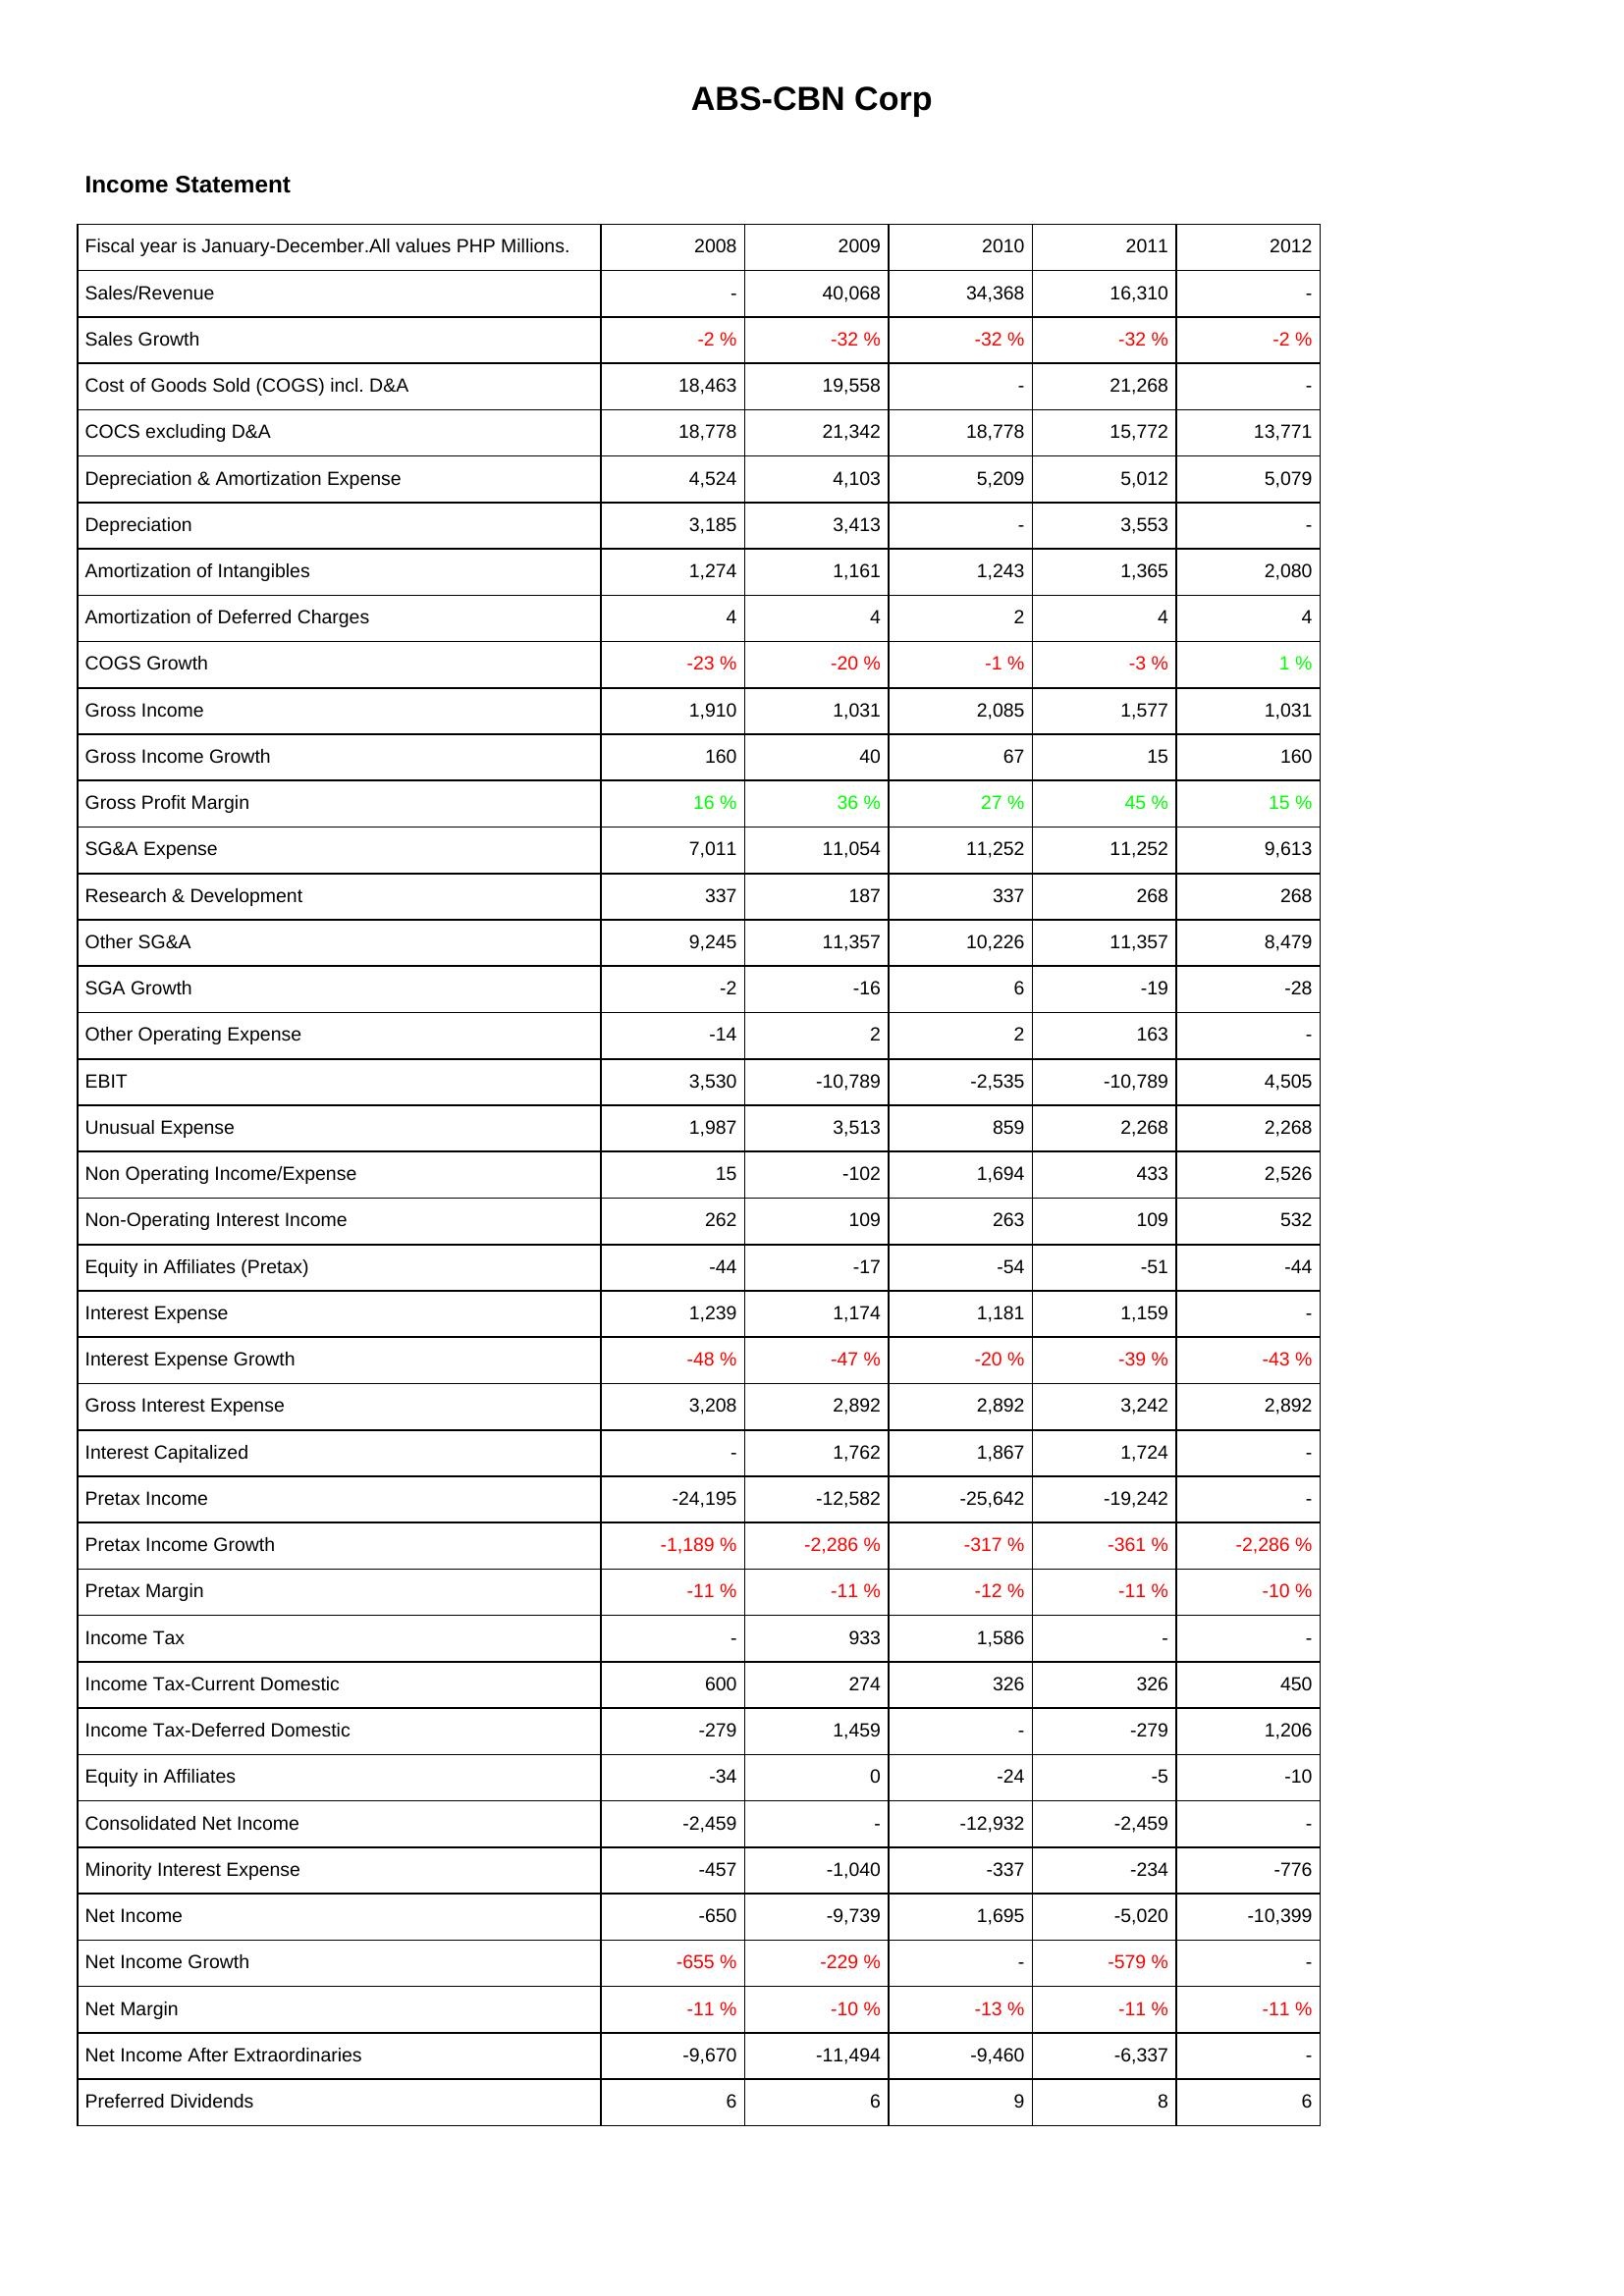
2008: Income Statement: Sales/Revenue: -
Sales Growth: -2 %
Cost of Goods Sold (COGS) incl. D&A: 18,463
COCS excluding D&A: 18,778
Depreciation & Amortization Expense: 4,524
Depreciation: 3,185
Amortization of Intangibles: 1,274
Amortization of Deferred Charges: 4
COGS Growth: -23 %
Gross Income: 1,910
Gross Income Growth: 160
Gross Profit Margin: 16 %
SG&A Expense: 7,011
Research & Development: 337
Other SG&A: 9,245
SGA Growth: -2
Other Operating Expense: -14
EBIT: 3,530
Unusual Expense: 1,987
Non Operating Income/Expense: 15
Non-Operating Interest Income: 262
Equity in Affiliates (Pretax): -44
Interest Expense: 1,239
Interest Expense Growth: -48 %
Gross Interest Expense: 3,208
Interest Capitalized: -
Pretax Income: -24,195
Pretax Income Growth: -1,189 %
Pretax Margin: -11 %
Income Tax: -
Income Tax-Current Domestic: 600
Income Tax-Deferred Domestic: -279
Equity in Affiliates: -34
Consolidated Net Income: -2,459
Minority Interest Expense: -457
Net Income: -650
Net Income Growth: -655 %
Net Margin: -11 %
Net Income After Extraordinaries: -9,670
Preferred Dividends: 6
2009: Income Statement: Sales/Revenue: 40,068
Sales Growth: -32 %
Cost of Goods Sold (COGS) incl. D&A: 19,558
COCS excluding D&A: 21,342
Depreciation & Amortization Expense: 4,103
Depreciation: 3,413
Amortization of Intangibles: 1,161
Amortization of Deferred Charges: 4
COGS Growth: -20 %
Gross Income: 1,031
Gross Income Growth: 40
Gross Profit Margin: 36 %
SG&A Expense: 11,054
Research & Development: 187
Other SG&A: 11,357
SGA Growth: -16
Other Operating Expense: 2
EBIT: -10,789
Unusual Expense: 3,513
Non Operating Income/Expense: -102
Non-Operating Interest Income: 109
Equity in Affiliates (Pretax): -17
Interest Expense: 1,174
Interest Expense Growth: -47 %
Gross Interest Expense: 2,892
Interest Capitalized: 1,762
Pretax Income: -12,582
Pretax Income Growth: -2,286 %
Pretax Margin: -11 %
Income Tax: 933
Income Tax-Current Domestic: 274
Income Tax-Deferred Domestic: 1,459
Equity in Affiliates: 0
Consolidated Net Income: -
Minority Interest Expense: -1,040
Net Income: -9,739
Net Income Growth: -229 %
Net Margin: -10 %
Net Income After Extraordinaries: -11,494
Preferred Dividends: 6
2010: Income Statement: Sales/Revenue: 34,368
Sales Growth: -32 %
Cost of Goods Sold (COGS) incl. D&A: -
COCS excluding D&A: 18,778
Depreciation & Amortization Expense: 5,209
Depreciation: -
Amortization of Intangibles: 1,243
Amortization of Deferred Charges: 2
COGS Growth: -1 %
Gross Income: 2,085
Gross Income Growth: 67
Gross Profit Margin: 27 %
SG&A Expense: 11,252
Research & Development: 337
Other SG&A: 10,226
SGA Growth: 6
Other Operating Expense: 2
EBIT: -2,535
Unusual Expense: 859
Non Operating Income/Expense: 1,694
Non-Operating Interest Income: 263
Equity in Affiliates (Pretax): -54
Interest Expense: 1,181
Interest Expense Growth: -20 %
Gross Interest Expense: 2,892
Interest Capitalized: 1,867
Pretax Income: -25,642
Pretax Income Growth: -317 %
Pretax Margin: -12 %
Income Tax: 1,586
Income Tax-Current Domestic: 326
Income Tax-Deferred Domestic: -
Equity in Affiliates: -24
Consolidated Net Income: -12,932
Minority Interest Expense: -337
Net Income: 1,695
Net Income Growth: -
Net Margin: -13 %
Net Income After Extraordinaries: -9,460
Preferred Dividends: 9
2011: Income Statement: Sales/Revenue: 16,310
Sales Growth: -32 %
Cost of Goods Sold (COGS) incl. D&A: 21,268
COCS excluding D&A: 15,772
Depreciation & Amortization Expense: 5,012
Depreciation: 3,553
Amortization of Intangibles: 1,365
Amortization of Deferred Charges: 4
COGS Growth: -3 %
Gross Income: 1,577
Gross Income Growth: 15
Gross Profit Margin: 45 %
SG&A Expense: 11,252
Research & Development: 268
Other SG&A: 11,357
SGA Growth: -19
Other Operating Expense: 163
EBIT: -10,789
Unusual Expense: 2,268
Non Operating Income/Expense: 433
Non-Operating Interest Income: 109
Equity in Affiliates (Pretax): -51
Interest Expense: 1,159
Interest Expense Growth: -39 %
Gross Interest Expense: 3,242
Interest Capitalized: 1,724
Pretax Income: -19,242
Pretax Income Growth: -361 %
Pretax Margin: -11 %
Income Tax: -
Income Tax-Current Domestic: 326
Income Tax-Deferred Domestic: -279
Equity in Affiliates: -5
Consolidated Net Income: -2,459
Minority Interest Expense: -234
Net Income: -5,020
Net Income Growth: -579 %
Net Margin: -11 %
Net Income After Extraordinaries: -6,337
Preferred Dividends: 8
2012: Income Statement: Sales/Revenue: -
Sales Growth: -2 %
Cost of Goods Sold (COGS) incl. D&A: -
COCS excluding D&A: 13,771
Depreciation & Amortization Expense: 5,079
Depreciation: -
Amortization of Intangibles: 2,080
Amortization of Deferred Charges: 4
COGS Growth: 1 %
Gross Income: 1,031
Gross Income Growth: 160
Gross Profit Margin: 15 %
SG&A Expense: 9,613
Research & Development: 268
Other SG&A: 8,479
SGA Growth: -28
Other Operating Expense: -
EBIT: 4,505
Unusual Expense: 2,268
Non Operating Income/Expense: 2,526
Non-Operating Interest Income: 532
Equity in Affiliates (Pretax): -44
Interest Expense: -
Interest Expense Growth: -43 %
Gross Interest Expense: 2,892
Interest Capitalized: -
Pretax Income: -
Pretax Income Growth: -2,286 %
Pretax Margin: -10 %
Income Tax: -
Income Tax-Current Domestic: 450
Income Tax-Deferred Domestic: 1,206
Equity in Affiliates: -10
Consolidated Net Income: -
Minority Interest Expense: -776
Net Income: -10,399
Net Income Growth: -
Net Margin: -11 %
Net Income After Extraordinaries: -
Preferred Dividends: 6